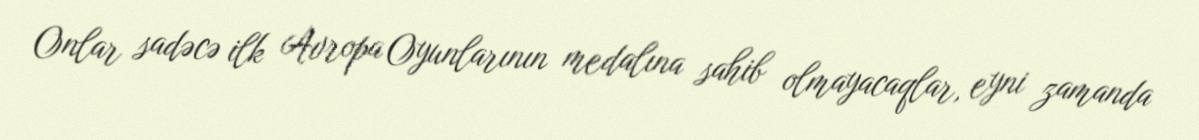
Onlar sadəcə ilk Avropa Oyunlarının medalına sahib olmayacaqlar, eyni zamanda